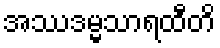
အဿဒမ္မသာရထီတိ